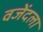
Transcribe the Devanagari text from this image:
वजेंदला